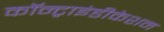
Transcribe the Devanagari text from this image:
कॉन्ट्राइंडीकेशन